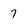
Character: 7